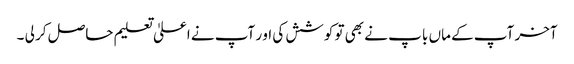
آخر آپ کے ماں با پ نے بھی تو کوشش کی او ر آپ نے اعلیٰ تعلیم حاصل کر لی ۔